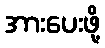
အားပေးဖို့